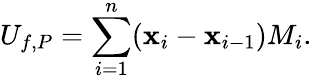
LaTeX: U_{f,P}=\sum_{i=1}^{n}(\mathbf{x}_{i}-\mathbf{x}_{i-1})M_{i}.\,